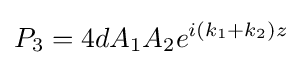
P_{3}=4dA_{1}A_{2}e^{i(k_{1}+k_{2})z}